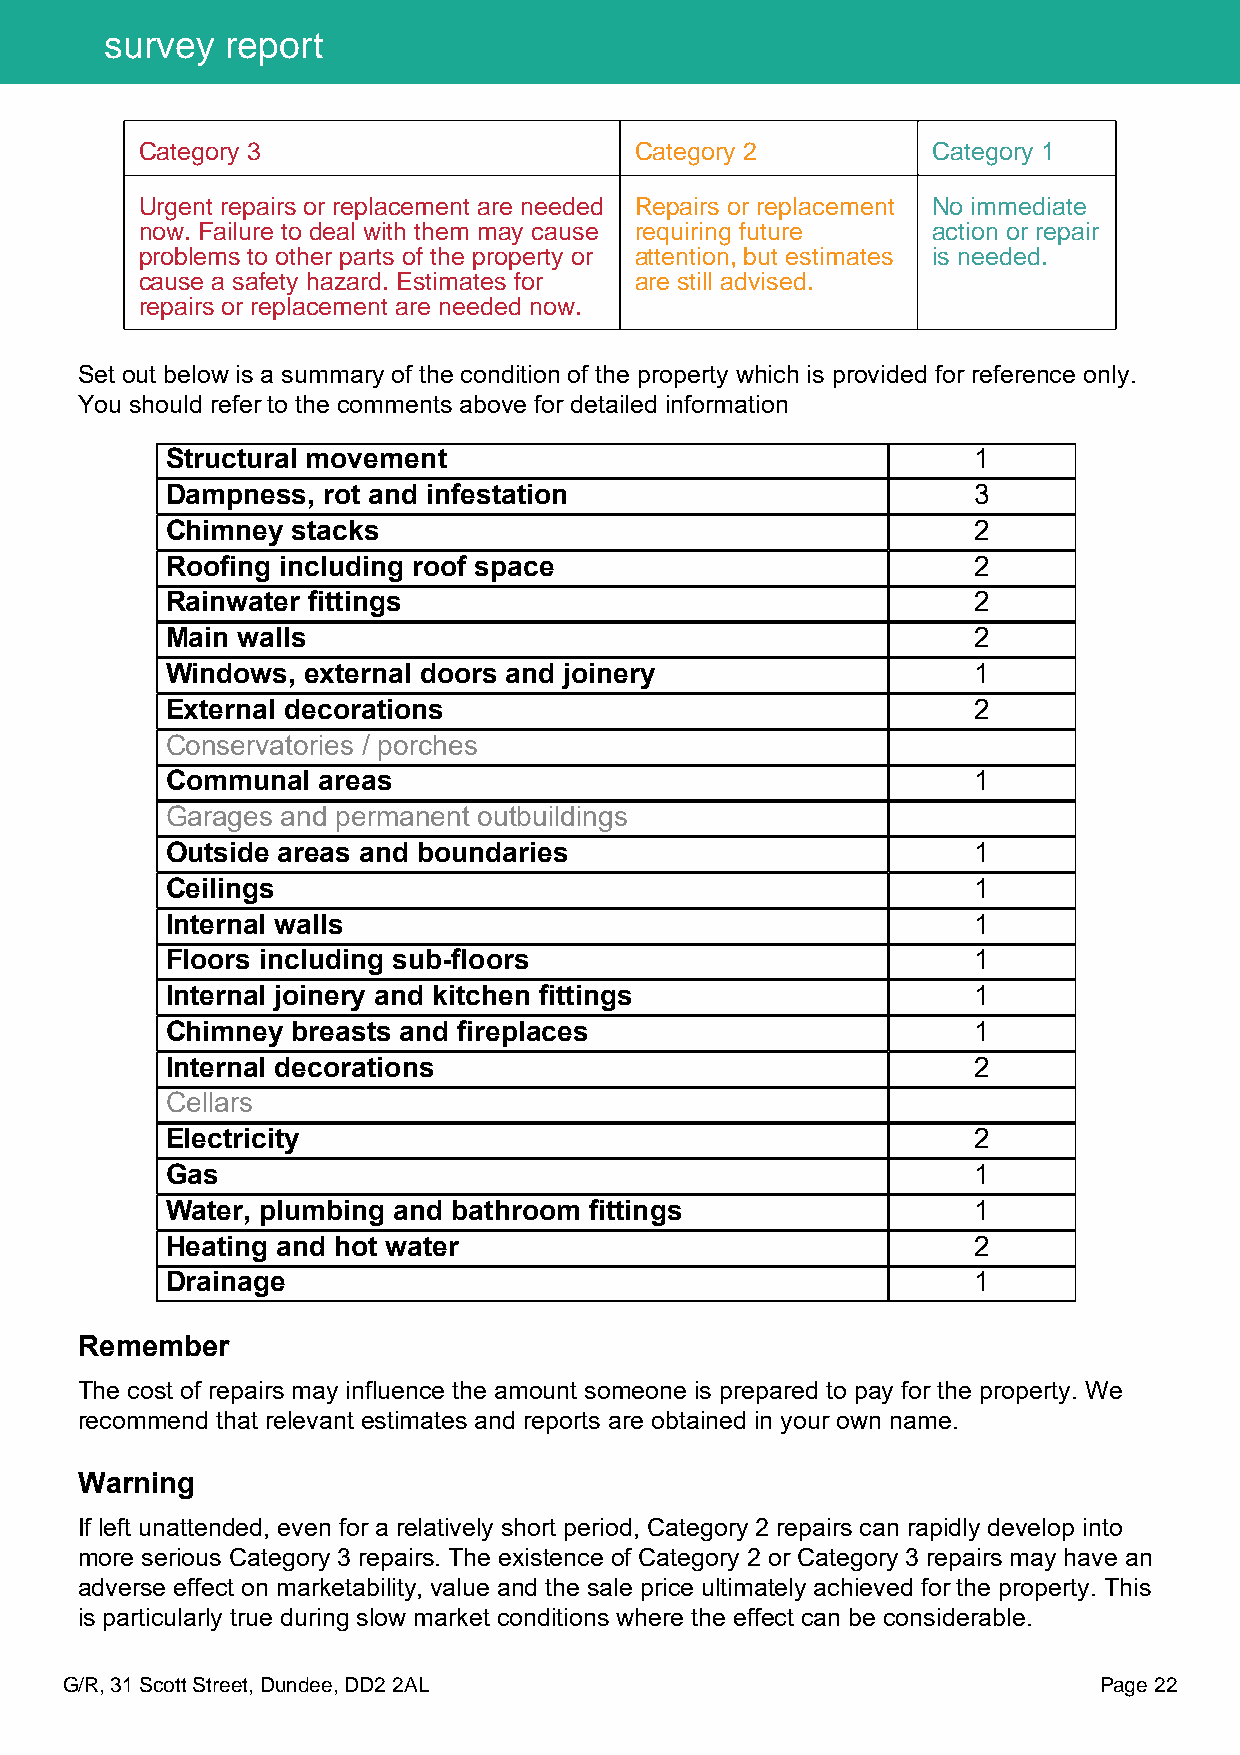
survey  report
 Category 3                       Category 2          Category 1
 Urgent repairs or replacement are needed Repairs or replacement No immediate
 now. Failure to deal with them may cause requiring future action or repair
 problems to other parts of the property or attention, but estimates is needed.
 cause a safety hazard. Estimates for are still advised.
 repairs or replacement are needed now.
 Set out below is a summary of the condition of the property which is provided for reference only.
 You should refer to the comments above for detailed information
 Structural movement                                  1
 Dampness, rot and infestation                        3
 Chimney stacks                                       2
 Roofing including roof space                         2
 Rainwater fittings                                   2
 Main walls                                           2
 Windows, external doors and joinery                  1
 External decorations                                 2
 Conservatories / porches
 Communal  areas                                      1
 Garages and permanent outbuildings
 Outside areas and boundaries                         1
 Ceilings                                             1
 Internal walls                                       1
 Floors including sub-floors                          1
 Internal joinery and kitchen fittings                1
 Chimney breasts and fireplaces                       1
 Internal decorations                                 2
 Cellars
 Electricity                                          2
 Gas                                                  1
 Water, plumbing and bathroom fittings                1
 Heating and hot water                                2
 Drainage                                             1
 Remember
 The cost of repairs may influence the amount someone is prepared to pay for the property. We
 recommend that relevant estimates and reports are obtained in your own name.
 Warning
 If left unattended, even for a relatively short period, Category 2 repairs can rapidly develop into
 more serious Category 3 repairs. The existence of Category 2 or Category 3 repairs may have an
 adverse effect on marketability, value and the sale price ultimately achieved for the property. This
 is particularly true during slow market conditions where the effect can be considerable.
 G/R, 31 Scott Street, Dundee, DD2 2AL                                Page 22